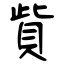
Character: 貲